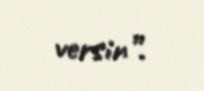
versin”.